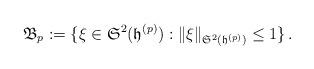
LaTeX: \begin{align*}\mathfrak{B}_p:= \{\xi \in \mathfrak{S}^2(\mathfrak{h}^{(p)}) : \|\xi\|_{\mathfrak{S}^2(\mathfrak{h}^{(p)})} \leq 1 \}\,.\end{align*}